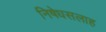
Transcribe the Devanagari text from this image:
निषेधसलाह